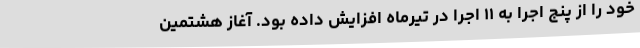
خود را از پنج اجرا به ۱۱ اجرا در تیرماه افزایش داده بود. آغاز هشتمین